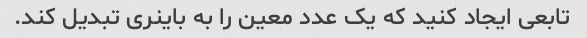
تابعی ایجاد کنید که یک عدد معین را به باینری تبدیل کند.